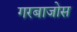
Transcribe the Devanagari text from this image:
गरबाजोस